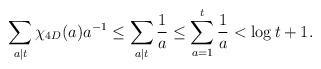
LaTeX: \begin{align*}\sum_{a\mid t}\chi_{4D}(a)a^{-1} \leq \sum_{a\mid t}\frac{1}{a} \leq \sum_{a = 1}^t \frac{1}{a} < \log t + 1.\end{align*}